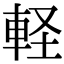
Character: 軽